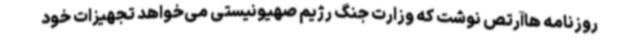
روزنامه هاآرتص نوشت که وزارت جنگ رژیم صهیونیستی می‌خواهد تجهیزات خود